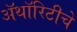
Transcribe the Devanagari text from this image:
ॲथॉरिटीचे